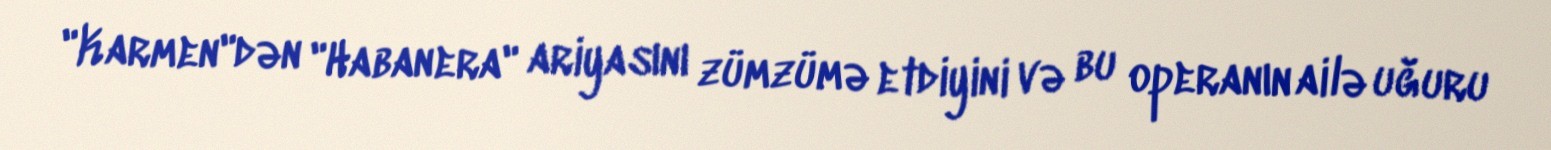
"Karmen"dən "Habanera" ariyasını zümzümə etdiyini və bu operanın ailə uğuru